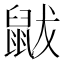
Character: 鼥